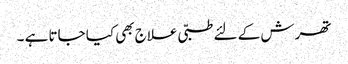
تھرش کے لئے طبّی علاج بھی کیا جاتا ہے ۔